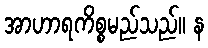
အာဟာရကိစ္စမည်သည်။ န